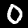
Digit: 0